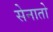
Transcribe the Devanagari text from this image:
सेनातो